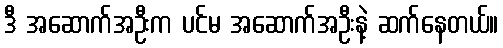
ဒီ အဆောက်အဦးက ပင်မ အဆောက်အဦးနဲ့ ဆက်နေတယ်။